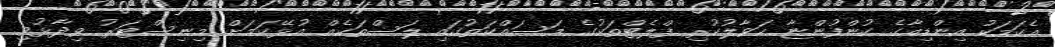
އެކަމަކު އިންޑިއާގެ ކުންފުންޏާ ހަވާލުކުރި ފްލެޓްތަކުގެ މަސައްކަތުގައި ލަސްތަކެއް އުޅޭކަމަށް މިނިސްޓަރު ވިދާޅުވި